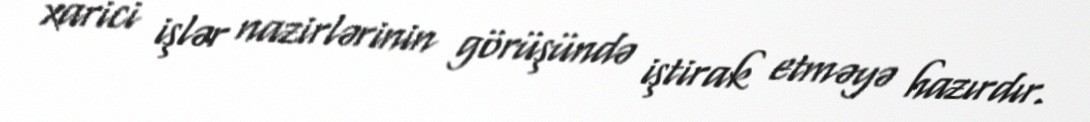
xarici işlər nazirlərinin görüşündə iştirak etməyə hazırdır.